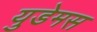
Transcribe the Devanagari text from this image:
युडेमस